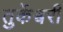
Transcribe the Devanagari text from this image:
तुर्केश्वरी